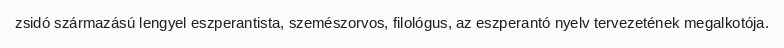
zsidó származású lengyel eszperantista, szemészorvos, filológus, az eszperantó nyelv tervezetének megalkotója.